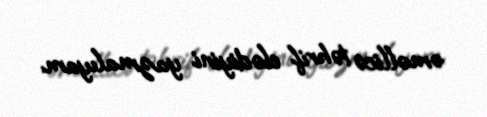
əməllicə təhrif elədiyini yazmalıyam.